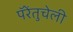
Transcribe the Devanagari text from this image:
पॅरेंतुचेली